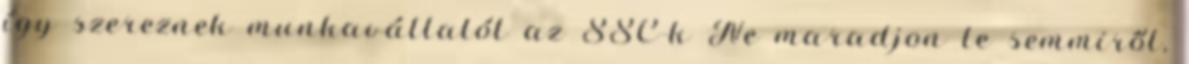
így szereznek munkavállalót az SSC-k Ne maradjon le semmiről,